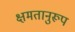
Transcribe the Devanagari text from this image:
क्षमतानुरूप